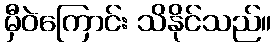
မှီဝဲကြောင်း သိနိုင်သည်။